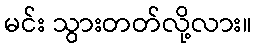
မင်း သွားတတ်လို့လား။